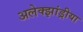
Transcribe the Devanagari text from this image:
अलेक्झांड्रीया